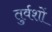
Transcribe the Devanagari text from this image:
तुर्वशों